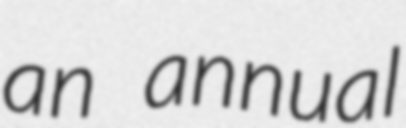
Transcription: an annual